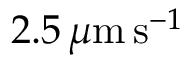
2 . 5 \, \mu \mathrm { m } \, \mathrm { s } ^ { - 1 }